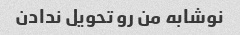
نوشابه من رو تحویل ندادن